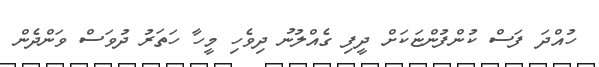
ހުއްދަ ފަސް ކުންފުންޏަކަށް ދީފި ގެއްލުނު ދިވެހި މީހާ ހަތަރު ދުވަސް ވަންދެން